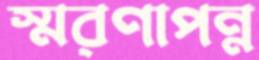
স্মরণাপন্ন